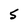
Character: 5